画像に写った文字を読んでください
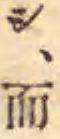
「シ、而」と書いてあります